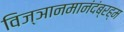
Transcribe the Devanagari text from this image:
विज्ञानमानंदंब्रह्म